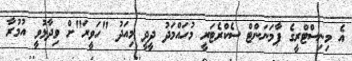
އެ މިނިސްޓްރީގެ ޕާމަނަންޓް ސެކްރެޓަރީ މުހައްމަދު ދީދީ މިއަދު "ހަވީރަ"ށް ވިދާޅުވީ އުމުރާ